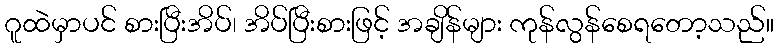
ဂူထဲမှာပင် စားပြီးအိပ်၊ အိပ်ပြီးစားဖြင့် အချိန်များ ကုန်လွန်စေရတော့သည်။